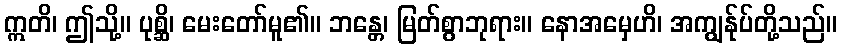
ဣတိ၊ ဤသို့။ ပုစ္ဆိ၊ မေးတော်မူ၏။ ဘန္တေ၊ မြတ်စွာဘုရား။ နောအမှေဟိ၊ အကျွန်ုပ်တို့သည်။